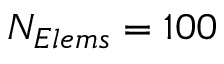
N _ { E l e m s } = 1 0 0